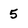
Character: 5